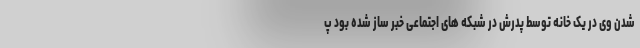
شدن وی در یک خانه توسط پدرش در شبکه های اجتماعی خبر ساز شده بود پ